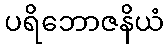
ပရိဘောဇနိယံ